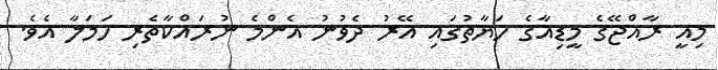
މިއީ ރާއްޖޭގެ މީޑިއާގެ ހަޔާތުގައި އޭރު ދެވުނު އެންމެ ނުރައްކާތެރި ހަމަލާ އެވެ.